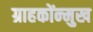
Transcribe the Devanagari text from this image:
ग्राहकोंन्‍मुख